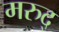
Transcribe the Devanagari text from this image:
मरुद्